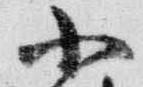
小